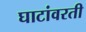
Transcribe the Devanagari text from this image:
घाटांवरती